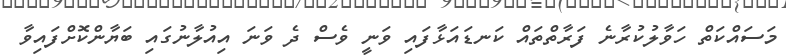
މަސައްކަތް ހަވާލުކުރާނެ ފަރާތްތައް ކަނޑައަޅާފައި ވަނީ ވެސް ދެ ވަނަ އިއުލާނުގައި ބަޔާންކޮށްފައިވާ